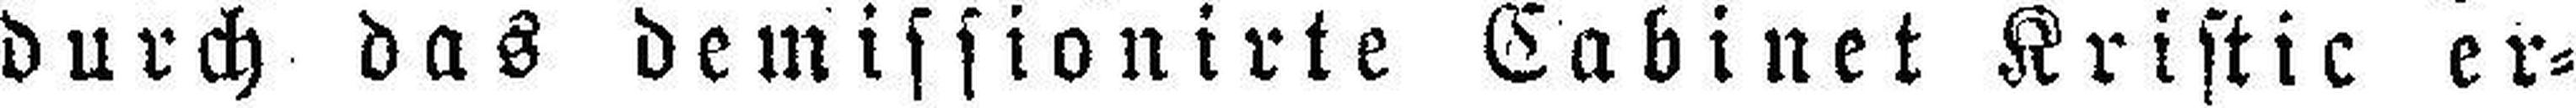
durch das demissionirte Cabinet Kristic er¬